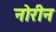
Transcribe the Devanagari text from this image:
नोरीन